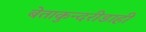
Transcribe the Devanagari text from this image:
बेताकुन्दरीडाही